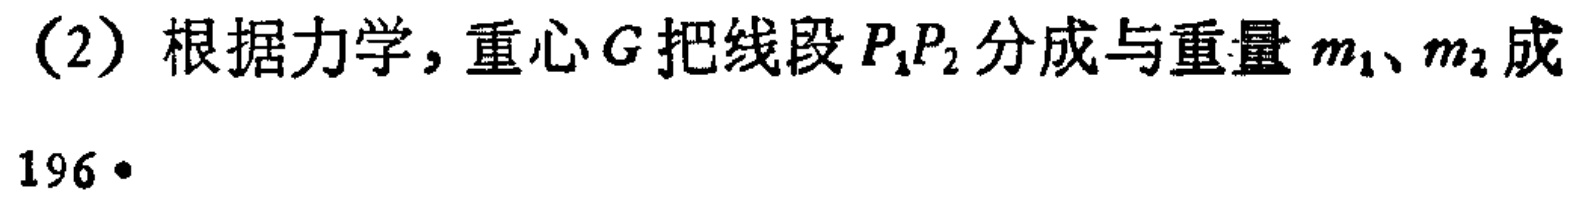
(2) 根据力学, 重心 \(G\) 把线段 \(P_1P_2\) 分成与重量 \(m_1\)、\(m_2\) 成
196•